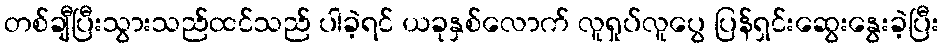
တစ်ချီပြီးသွားသည်ထင်သည် ပါခဲ့ရင် ယခုနှစ်လောက် လူရှုပ်လူပွေ ပြန်ရှင်းဆွေးနွေးခဲ့ပြီး